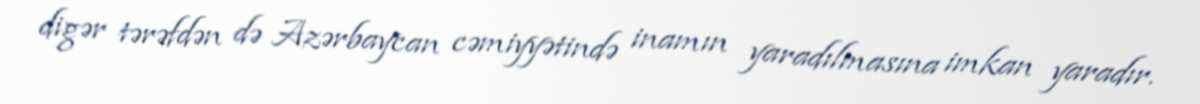
digər tərəfdən də Azərbaycan cəmiyyətində inamın yaradılmasına imkan yaradır.